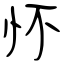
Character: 怀